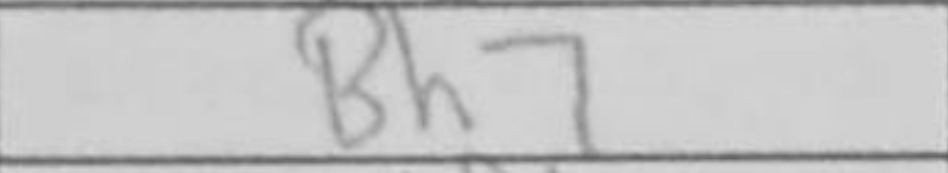
Transcription: Bh7